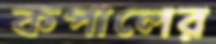
কপালের